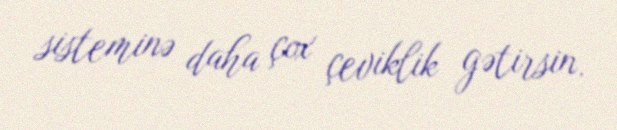
sisteminə daha çox çeviklik gətirsin.